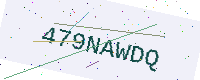
Text: 479NAWDQ